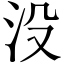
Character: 没